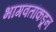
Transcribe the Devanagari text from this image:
भागवतांकडून